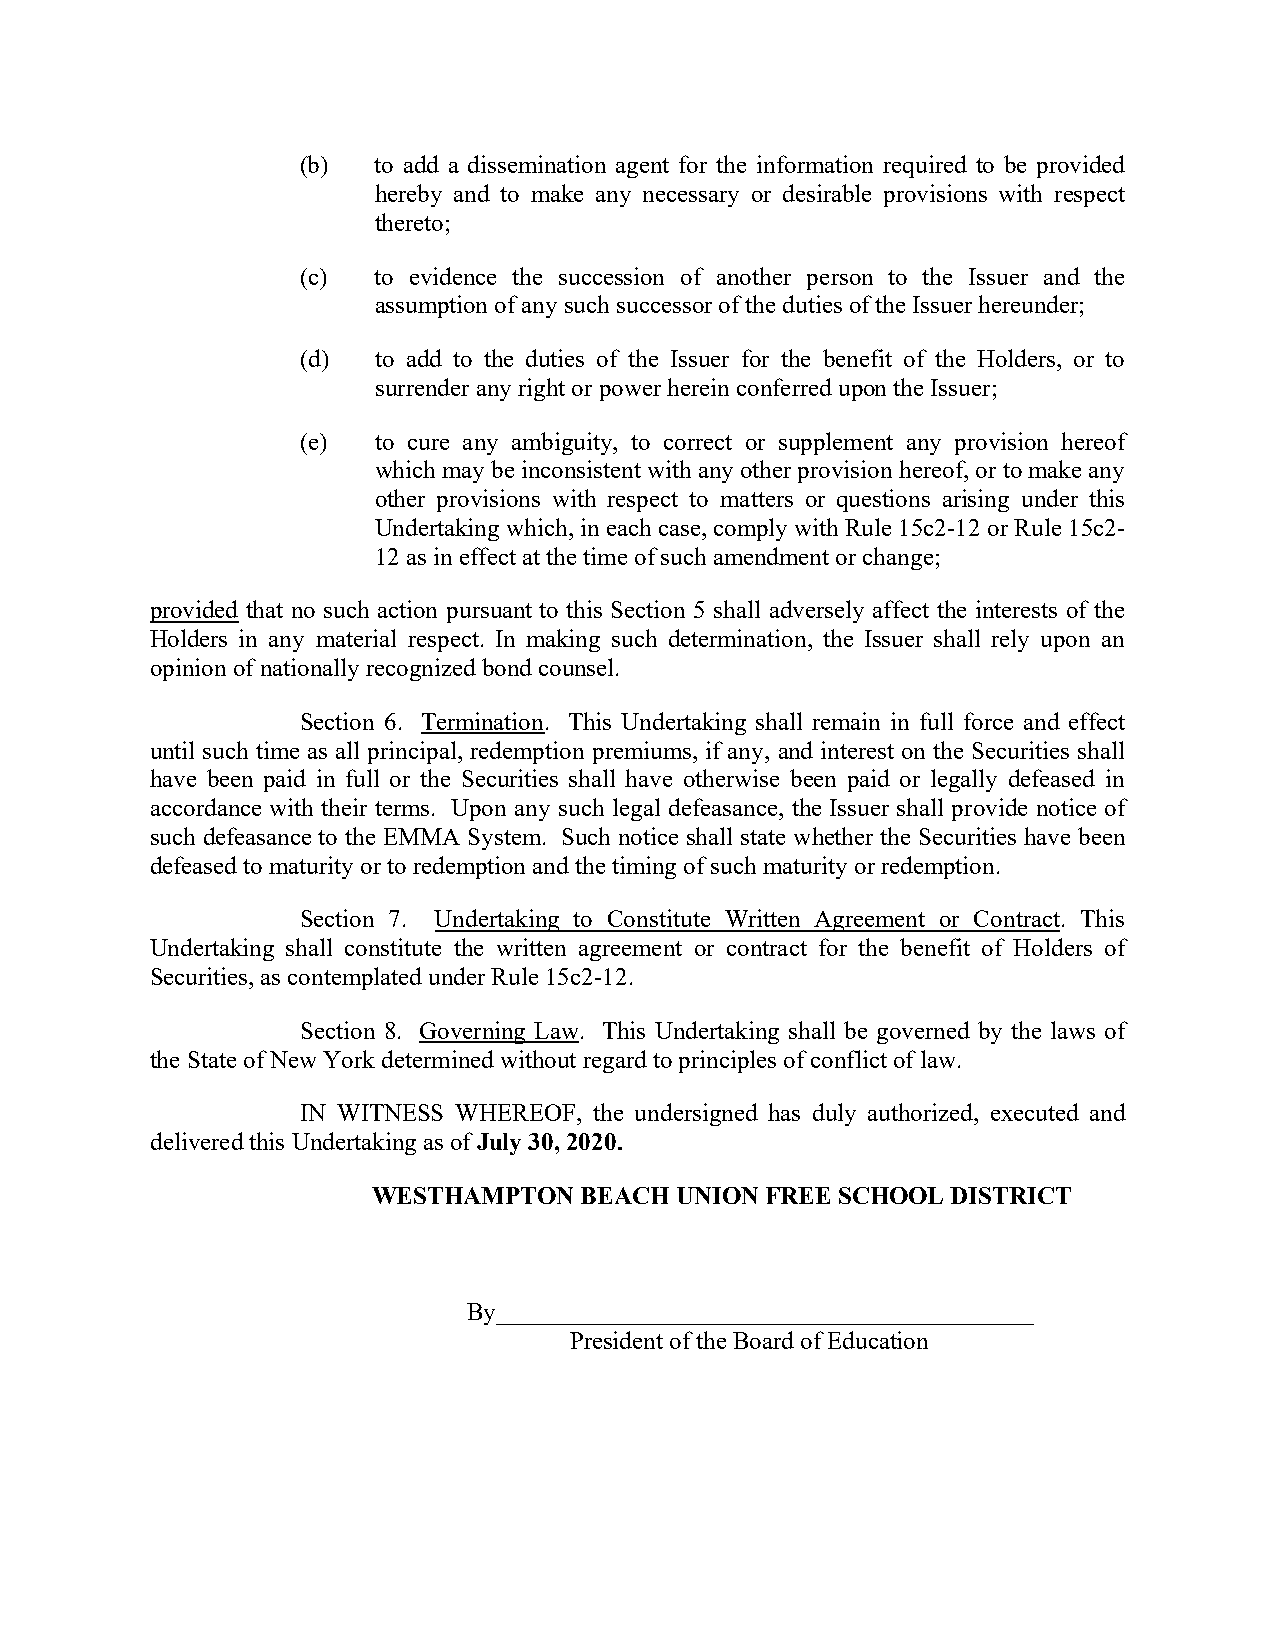
(b)  to add a dissemination agent for the information required to be provided
 hereby and to make any necessary or desirable provisions with respect
 thereto;
 (c)  to evidence the succession of another person to the Issuer and the
 assumption of any such successor of the duties of the Issuer hereunder;
 (d)  to add to the duties of the Issuer for the benefit of the Holders, or to
 surrender any right or power herein conferred upon the Issuer;
 (e)  to cure any ambiguity, to correct or supplement any provision hereof
 which may be inconsistent with any other provision hereof, or to make any
 other provisions with respect to matters or questions arising under this
 Undertaking which, in each case, comply with Rule 15c2-12 or Rule 15c2-
 12 as in effect at the time of such amendment or change;
 provided that no such action pursuant to this Section 5 shall adversely affect the interests of the
 Holders in any material respect. In making such determination, the Issuer shall rely upon an
 opinion of nationally recognized bond counsel.
 Section 6. Termination. This Undertaking shall remain in full force and effect
 until such time as all principal, redemption premiums, if any, and interest on the Securities shall
 have been paid in full or the Securities shall have otherwise been paid or legally defeased in
 accordance with their terms. Upon any such legal defeasance, the Issuer shall provide notice of
 such defeasance to the EMMA System. Such notice shall state whether the Securities have been
 defeased to maturity or to redemption and the timing of such maturity or redemption.
 Section 7. Undertaking to Constitute Written Agreement or Contract. This
 Undertaking shall constitute the written agreement or contract for the benefit of Holders of
 Securities, as contemplated under Rule 15c2-12.
 Section 8. Governing Law. This Undertaking shall be governed by the laws of
 the State of New York determined without regard to principles of conflict of law.
 IN WITNESS WHEREOF, the undersigned has duly authorized, executed and
 delivered this Undertaking as of July 30, 2020.
 WESTHAMPTON  BEACH  UNION FREE SCHOOL DISTRICT
 By___________________________________________
 President of the Board of Education